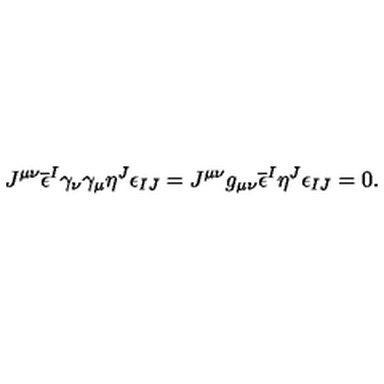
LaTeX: J ^ { \mu \nu } \overline { { \epsilon } } ^ { I } \gamma _ { \nu } \gamma _ { \mu } \eta ^ { J } \epsilon _ { I J } = J ^ { \mu \nu } g _ { \mu \nu } \overline { { \epsilon } } ^ { I } \eta ^ { J } \epsilon _ { I J } = 0 .